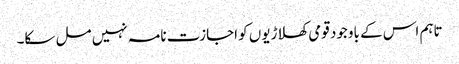
تاہم اس کے باوجود قومی کھلاڑیوں کو اجازت نامہ نہیں مل سکا۔